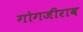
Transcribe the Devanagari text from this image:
गोगजीराव